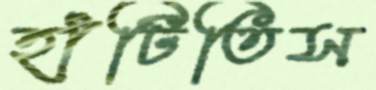
হাঁটিতিস